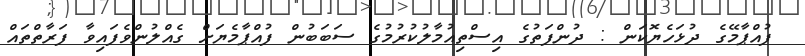
ފުއްޕާމޭގެ ދުޅަހެޔޮކަން : ދުންފަތުގެ އިސްތިއުމާލުކުރުމުގެ ސަބަބުން ފުއްޕާމެޔަށް ގެއްލުންވެފައިވާ ފަރާތްތައް